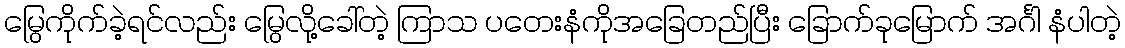
မြွေကိုက်ခဲ့ရင်လည်း မြွေလို့ခေါ်တဲ့ ကြာသ ပတေးနံကိုအခြေတည်ပြီး ခြောက်ခုမြောက် အင်္ဂါ နံပါတဲ့